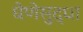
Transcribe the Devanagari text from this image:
घेणेसुद्धा